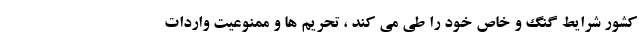
کشور شرایط گنگ و خاص خود را طی می کند ، تحریم ها و ممنوعیت واردات